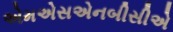
એમએસએનબીસીએ